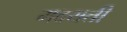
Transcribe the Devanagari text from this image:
मदयती